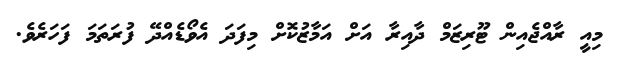
މިއީ ރާއްޖެއިން ޓޫރިޒަމް ދާއިރާ އަށް އަމާޒުކޮށް މިފަދަ އެވޯޑެއްދޭ ފުރަތަމަ ފަހަރެވެ.